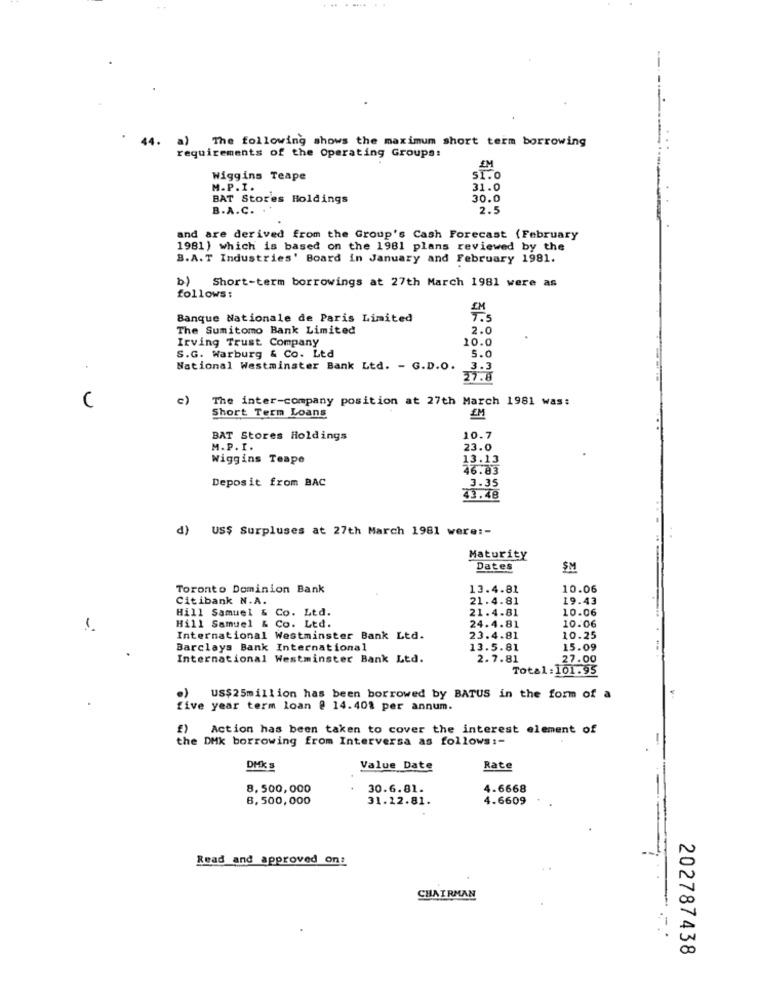
44.
a) The following shows the maximum short term borrowing
requirements of the Operating Groups:
Wiggins Teape
M.P.I.
31.0
BAT Stores Holdings
30.0
B.A.C. .
2.5
and are derived from the Group's Cash Forecast (February
1981 ) which is based on the 1981 plans reviewed by the
B.A.T Industries' Board in January and February 1981.
b) Short-term borrowings at 27th March 1981 were as
follows:
Banque Nationale de Paris Limited
The Sumitomo Bank Limited
2.0
Irving Trust Company
10.0
S.G. Warburg & Co. Ltd
5.0
National Westminster Bank Ltd. - G.D.O.
3.3
27.8
C
c)
The inter-company position at 27th March 1981 was:
Short Term Loans
BAT Stores Holdings
10.7
M.P. I .
23.0
Wiggins Teape
13.13
46.83
Deposit from BAC
3.35
43.48
d) US$ Surpluses at 27th March 1981 were :-
Maturity
Dates
SM
Toronto Dominion Bank
13.4.81
10.06
Citibank N.A.
21.4.81
19.43
Hill Samuel & Co. Ltd.
21.4.81
10.06
10.06
Hill Samuel & Co. Ltd.
24.4.81
International Westminster Bank Ltd.
23.4.81
10.25
Barclays Bank International
13.5.81
15.09
International Westminster Bank Ltd.
2.7.81
27.00
Total:101.95
US$25million has been borrowed by BATUS in the form of a
five year term loan @ 14.40% per annum.
f) Action has been taken to cover the interest element of
the DHk borrowing from Interversa as follows :-
DMK
Value Date
Rate
8,500,000
30.6.81.
4.6668
6,500,000
31.22.81.
4.6609
Read and approved on:
CHAIRMAN
202787438